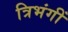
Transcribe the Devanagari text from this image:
त्रिभंगीं